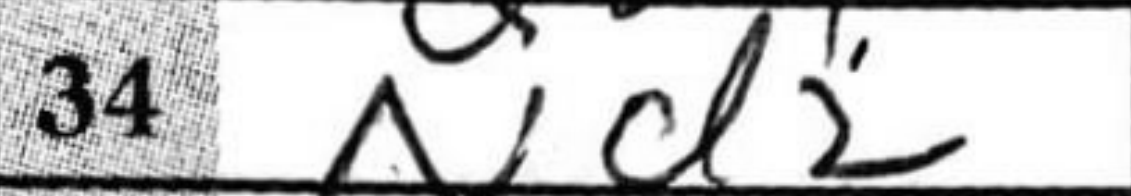
Transcription: Nd2